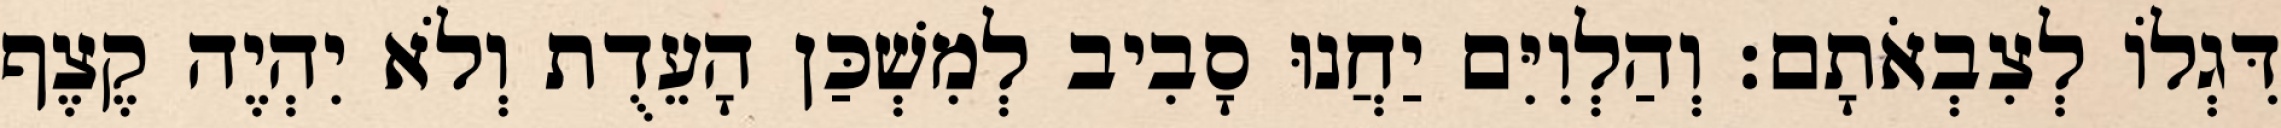
דִּגְלוֹ לְצִבְאֹתָם׃ וְהַלְוִיִּם יַחֲנוּ סָבִיב לְמִשְׁכַּן הָעֵדֻת וְלֹא יִהְיֶה קֶצֶף